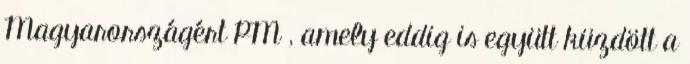
Magyarországért PM , amely eddig is együtt küzdött a